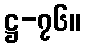
ဋ္ဌ-၇၆။